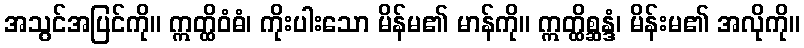
အသွင်အပြင်ကို။ ဣတ္ထိဝံဓံ၊ ကိုးပါးသော မိန်မ၏ မာန်ကို။ ဣတ္ထိစ္ဆန္ဒံ၊ မိန်းမ၏ အလိုကို။